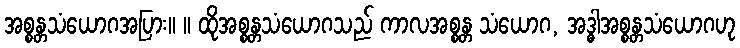
အစ္စန္တသံယောဂအပြား။ ။ ထိုအစ္စန္တသံယောဂသည် ကာလအစ္စန္တ သံယောဂ, အဒ္ဓါအစ္စန္တသံယောဂဟု